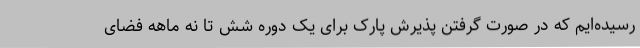
رسیده‌ایم که در صورت گرفتن پذیرش پارک برای یک دوره شش تا نه ماهه فضای